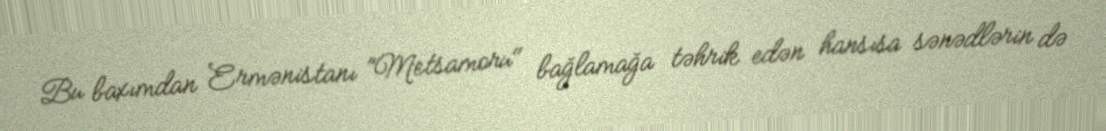
Bu baxımdan Ermənistanı ”Metsamoru" bağlamağa təhrik edən hansısa sənədlərin də